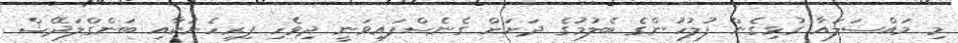
މި މައްސަލައާ ގުޅިގެން ފުލުހުންގެ ބެލުމުގެ ދަށަށް ގެނެސްފައިވަނީ ދިވެހި ފިރިހެނަކާއި ބަންގްލަދޭޝް